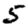
Digit: 5